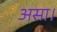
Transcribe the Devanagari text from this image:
असा।